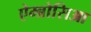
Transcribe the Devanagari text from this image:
ऐम्ब्रोसिआ